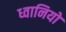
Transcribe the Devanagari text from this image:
ध्वानियों